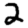
Digit: 2